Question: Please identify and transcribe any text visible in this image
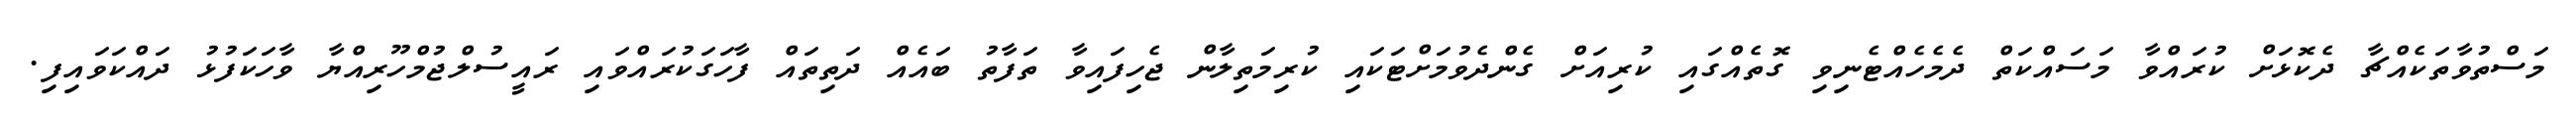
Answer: މަސްތުވާތަކެއްޗާ ދެކޮޅަށް ކުރައްވާ މަސައްކަތް ދެމެހެއްޓެނިވި ގޮތެއްގައި ކުރިއަށް ގެންދެވުމަށްޓަކައި ކުރިމަތިލާން ޖެހިފައިވާ ތަފާތު ބައެއް ދަތިތައް ފާހަގަކުރައްވައި ރައީސުލްޖުމްހޫރިއްޔާ ވާހަކަފުޅު ދައްކަވައިފި.